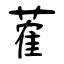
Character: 蒮